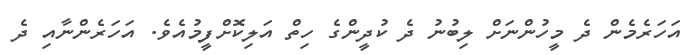
އަހަރެމެން ދެ މީހުންނަށް ލިބުނު ދެ ކުދީންގެ ހިތް އަލިކޮށްފީމުއެވެ. އަހަރެންނާއި ދެ